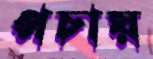
পচায়